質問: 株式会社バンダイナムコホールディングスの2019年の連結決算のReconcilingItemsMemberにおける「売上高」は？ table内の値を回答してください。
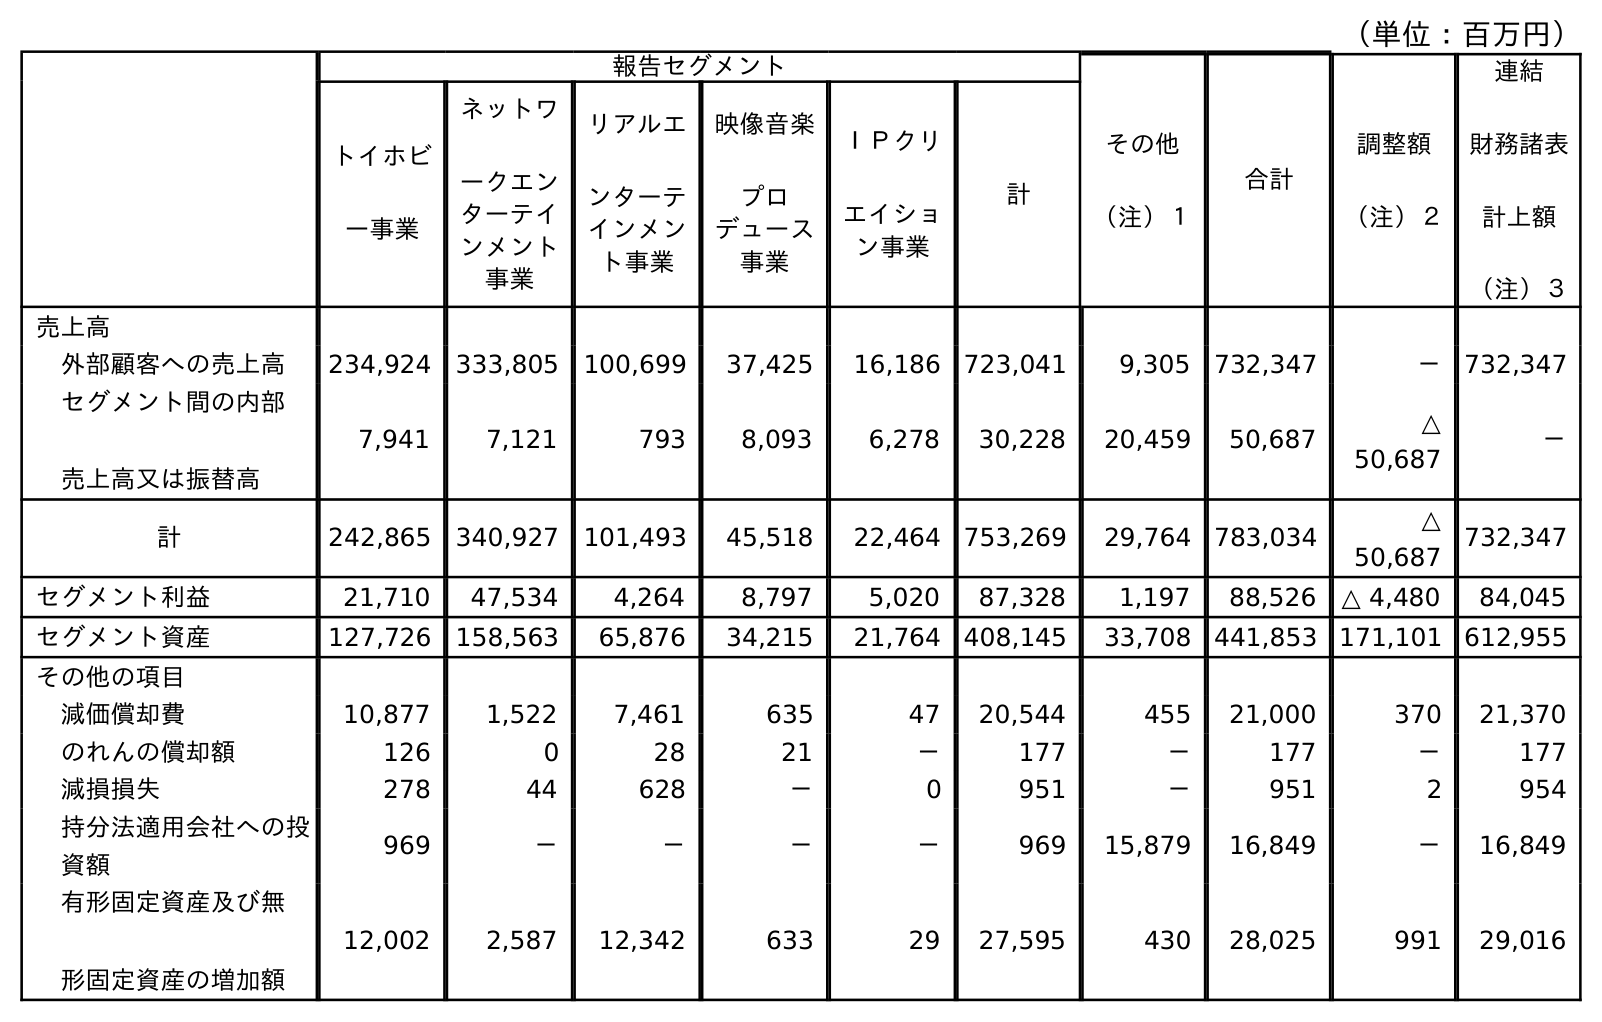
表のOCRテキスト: （単位：百万円） 報告セグメント その他 （注）１ 合計 調整額 （注）２ 連結 財務諸表 計上額 （注）３ トイホビ ー事業 ネットワ ークエン ターテイ ンメント 事業 リアルエ ンターテ インメン ト事業 映像音楽 プロ デュース 事業 ＩＰクリ エイショ ン事業 計 売上高 外部顧客への売上高 234,924 333,805 100,699 37,425 16,186 723,041 9,305 732,347 － 732,347 セグメント間の内部 売上高又は振替高 7,941 7,121 793 8,093 6,278 30,228 20,459 50,687 △ 50,687 － 計 242,865 340,927 101,493 45,518 22,464 753,269 29,764 783,034 △ 50,687 732,347 セグメント利益 21,710 47,534 4,264 8,797 5,020 87,328 1,197 88,526 △ 4,480 84,045 セグメント資産 127,726 158,563 65,876 34,215 21,764 408,145 33,708 441,853 171,101 612,955 その他の項目 減価償却費 10,877 1,522 7,461 635 47 20,544 455 21,000 370 21,370 のれんの償却額 126 0 28 21 － 177 － 177 － 177 減損損失 278 44 628 － 0 951 － 951 2 954 持分法適用会社への投 資額 969 － － － － 969 15,879 16,849 － 16,849 有形固定資産及び無 形固定資産の増加額 12,002 2,587 12,342 633 29 27,595 430 28,025 991 29,016
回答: △50,687